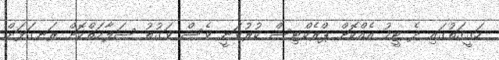
ހަގީގަތުގައި ދެ ޓީމު އެއްކޮށް ޕްރެކްޓިސް ކުރުވަނީ ވެސް ވަގުތު ސަލާމަތްކޮށް ރަނގަޅަށް